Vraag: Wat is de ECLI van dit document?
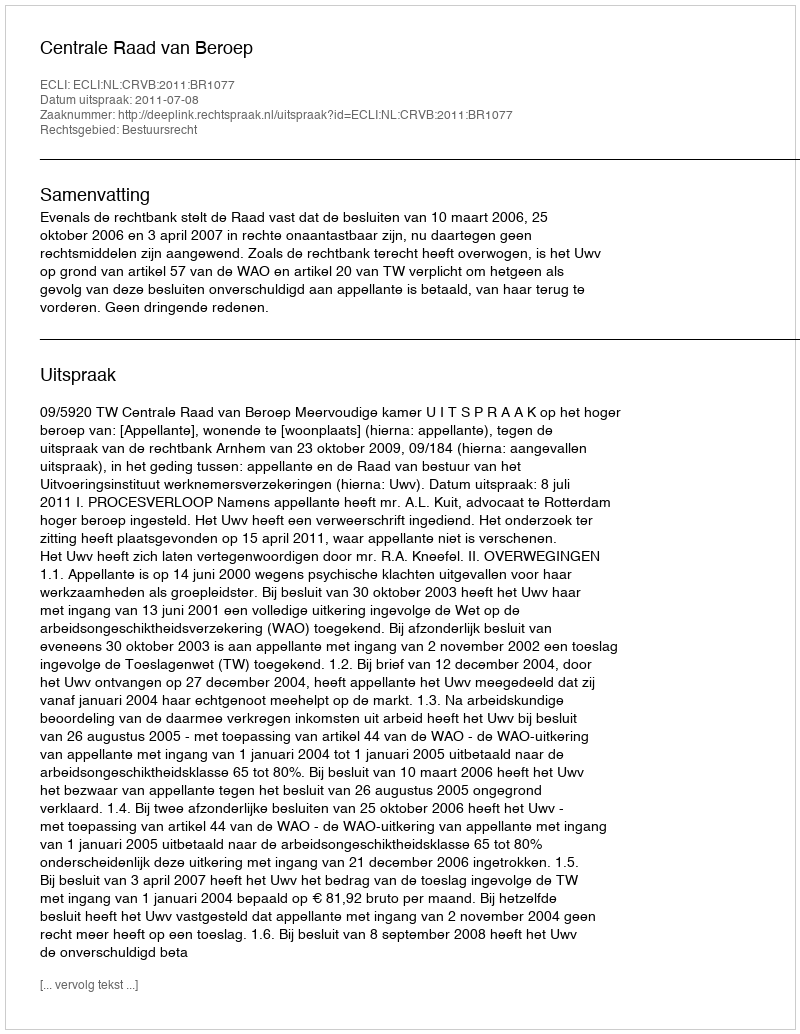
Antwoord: ECLI:NL:CRVB:2011:BR1077